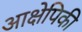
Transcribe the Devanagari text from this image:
आक्षेपिकी